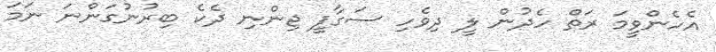
އެހެންވީމަ ރަތް ހެދުން ލީ ދިވެހި ސަގާފީ ޖިންނި ދެކެ ބިރުނުގަންނަ ނަމަ